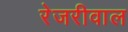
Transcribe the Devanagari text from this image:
रेजरीवाल